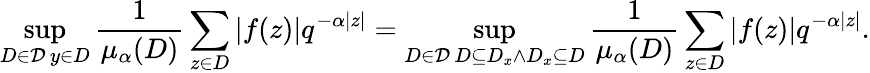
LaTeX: \operatorname*{sup}_{\substack{D\in\mathcal{D}\, y\in D}}\frac{1}{\mu_{\alpha}(D)}\sum_{z\in D}|f(z)|q^{-\alpha|z|}=\operatorname*{sup}_{\substack{D\in\mathcal{D}\, D\subseteq D_{x}\wedge D_{x}\subseteq D}}\frac{1}{\mu_{\alpha}(D)}\sum_{z\in D}|f(z)|q^{-\alpha|z|}.